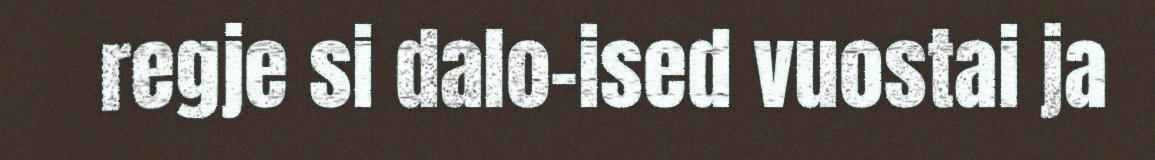
regje si dalo-ised vuostai ja